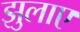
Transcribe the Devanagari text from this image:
झुलाए